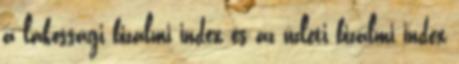
a lakossági bizalmi index és az üzleti bizalmi index